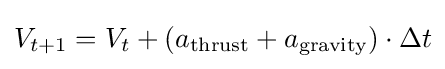
V_{t+1}=V_{t}+(a_{\text{thrust}}+a_{\text{gravity}})\cdot \Delta t